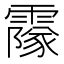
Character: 𩅥